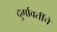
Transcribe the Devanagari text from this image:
दुर्गावतींचे